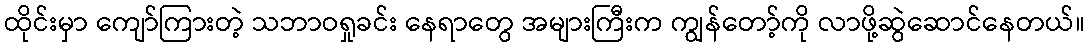
ထိုင်းမှာ ကျော်ကြားတဲ့ သဘာဝရှုခင်း နေရာတွေ အများကြီးက ကျွန်တော့်ကို လာဖို့ဆွဲဆောင်နေတယ်။